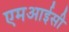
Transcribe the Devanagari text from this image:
एमआईसी